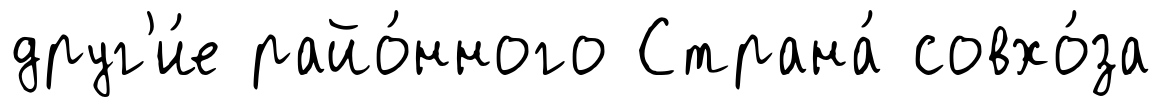
друг'и́е райо́нного Страна́ совхо́за